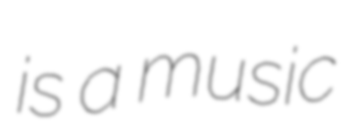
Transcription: is a music